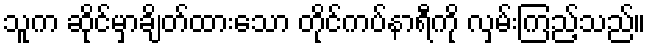
သူက ဆိုင်မှာချိတ်ထားသော တိုင်ကပ်နာရီကို လှမ်းကြည့်သည်။